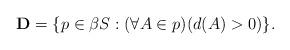
LaTeX: \begin{align*} {\bf D}=\{p\in\beta S:(\forall A\in p)(d(A)>0)\}.\end{align*}